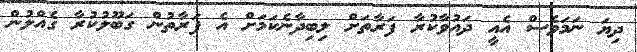
ދިޔަ ނަމަވެސް އެއީ ދައުވާކުރާ ފަރާތަށް ލިބިދާނެކަމަށް އެ ފަރާތުން ގަބޫލުކުރާ ގެއްލުން